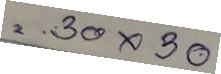
= 30x30